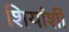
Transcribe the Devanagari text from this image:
शियांशी